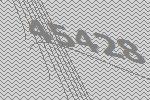
45428